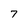
Character: T